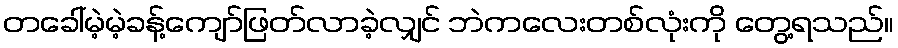
တခေါ်မဲ့မဲ့ခန့်ကျော်ဖြတ်လာခဲ့လျှင် ဘဲကလေးတစ်လုံးကို တွေ့ရသည်။